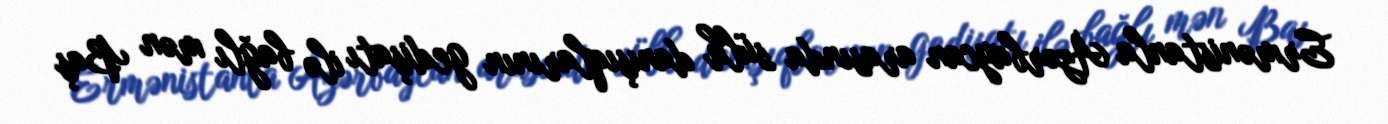
Ermənistanla Azərbaycan arasında sülh danışıqlarının gedişatı ilə bağlı mən Baş